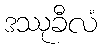
ဒဿုခီလံ